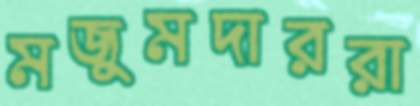
মজুমদাররা